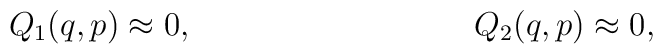
Q_1(q,p) \approx 0, \hspace{1.4in} Q_2(q,p) \approx 0,